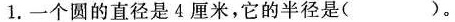
1. 一个圆的直径是4厘米，它的半径是()。